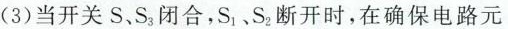
(3)当开关S、S_{3}闭合，S_{1}、S_{2}断开时，在确保电路元